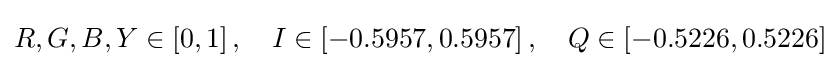
R,G,B,Y\in \left[0,1\right],\quad I\in \left[-0.5957,0.5957\right],\quad Q\in \left[-0.5226,0.5226\right]